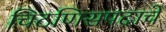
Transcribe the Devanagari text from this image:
चिटणिसपदाचे